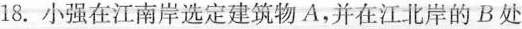
18.小强在江南岸选定建筑物A，并在江北岸的B处